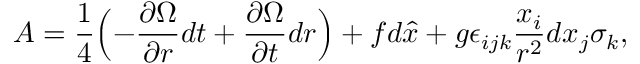
A = \frac { 1 } { 4 } \Bigl ( - \frac { \partial \Omega } { \partial r } d t + \frac { \partial \Omega } { \partial t } d r \Bigr ) + f d \hat { x } + g \epsilon _ { i j k } \frac { x _ { i } } { r ^ { 2 } } d x _ { j } \sigma _ { k } ,